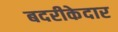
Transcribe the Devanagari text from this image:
बदरीकेदार